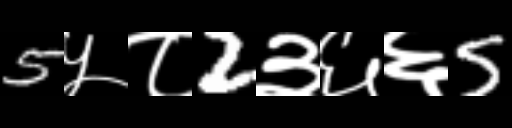
Text: 5५८2३६६5